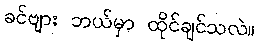
ခင်ဗျား ဘယ်မှာ ထိုင်ချင်သလဲ။